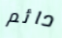
دائم